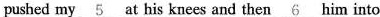
pushed my \underline{5} at his knees and then \underline{6} him into